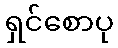
ရှင်စောပု